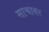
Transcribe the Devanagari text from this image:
साचावर